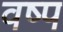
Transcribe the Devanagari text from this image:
वष्प